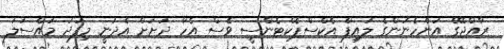
ރާއްޖޭގެ އަންހެނުންގެ ލައިފް އެކްސްޕެކްޓެންސީ ވެސް އެހާ ދަށަށް އެދަނީ މިފަދަ މައްސަލަ